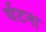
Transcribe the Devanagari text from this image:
र्घटना